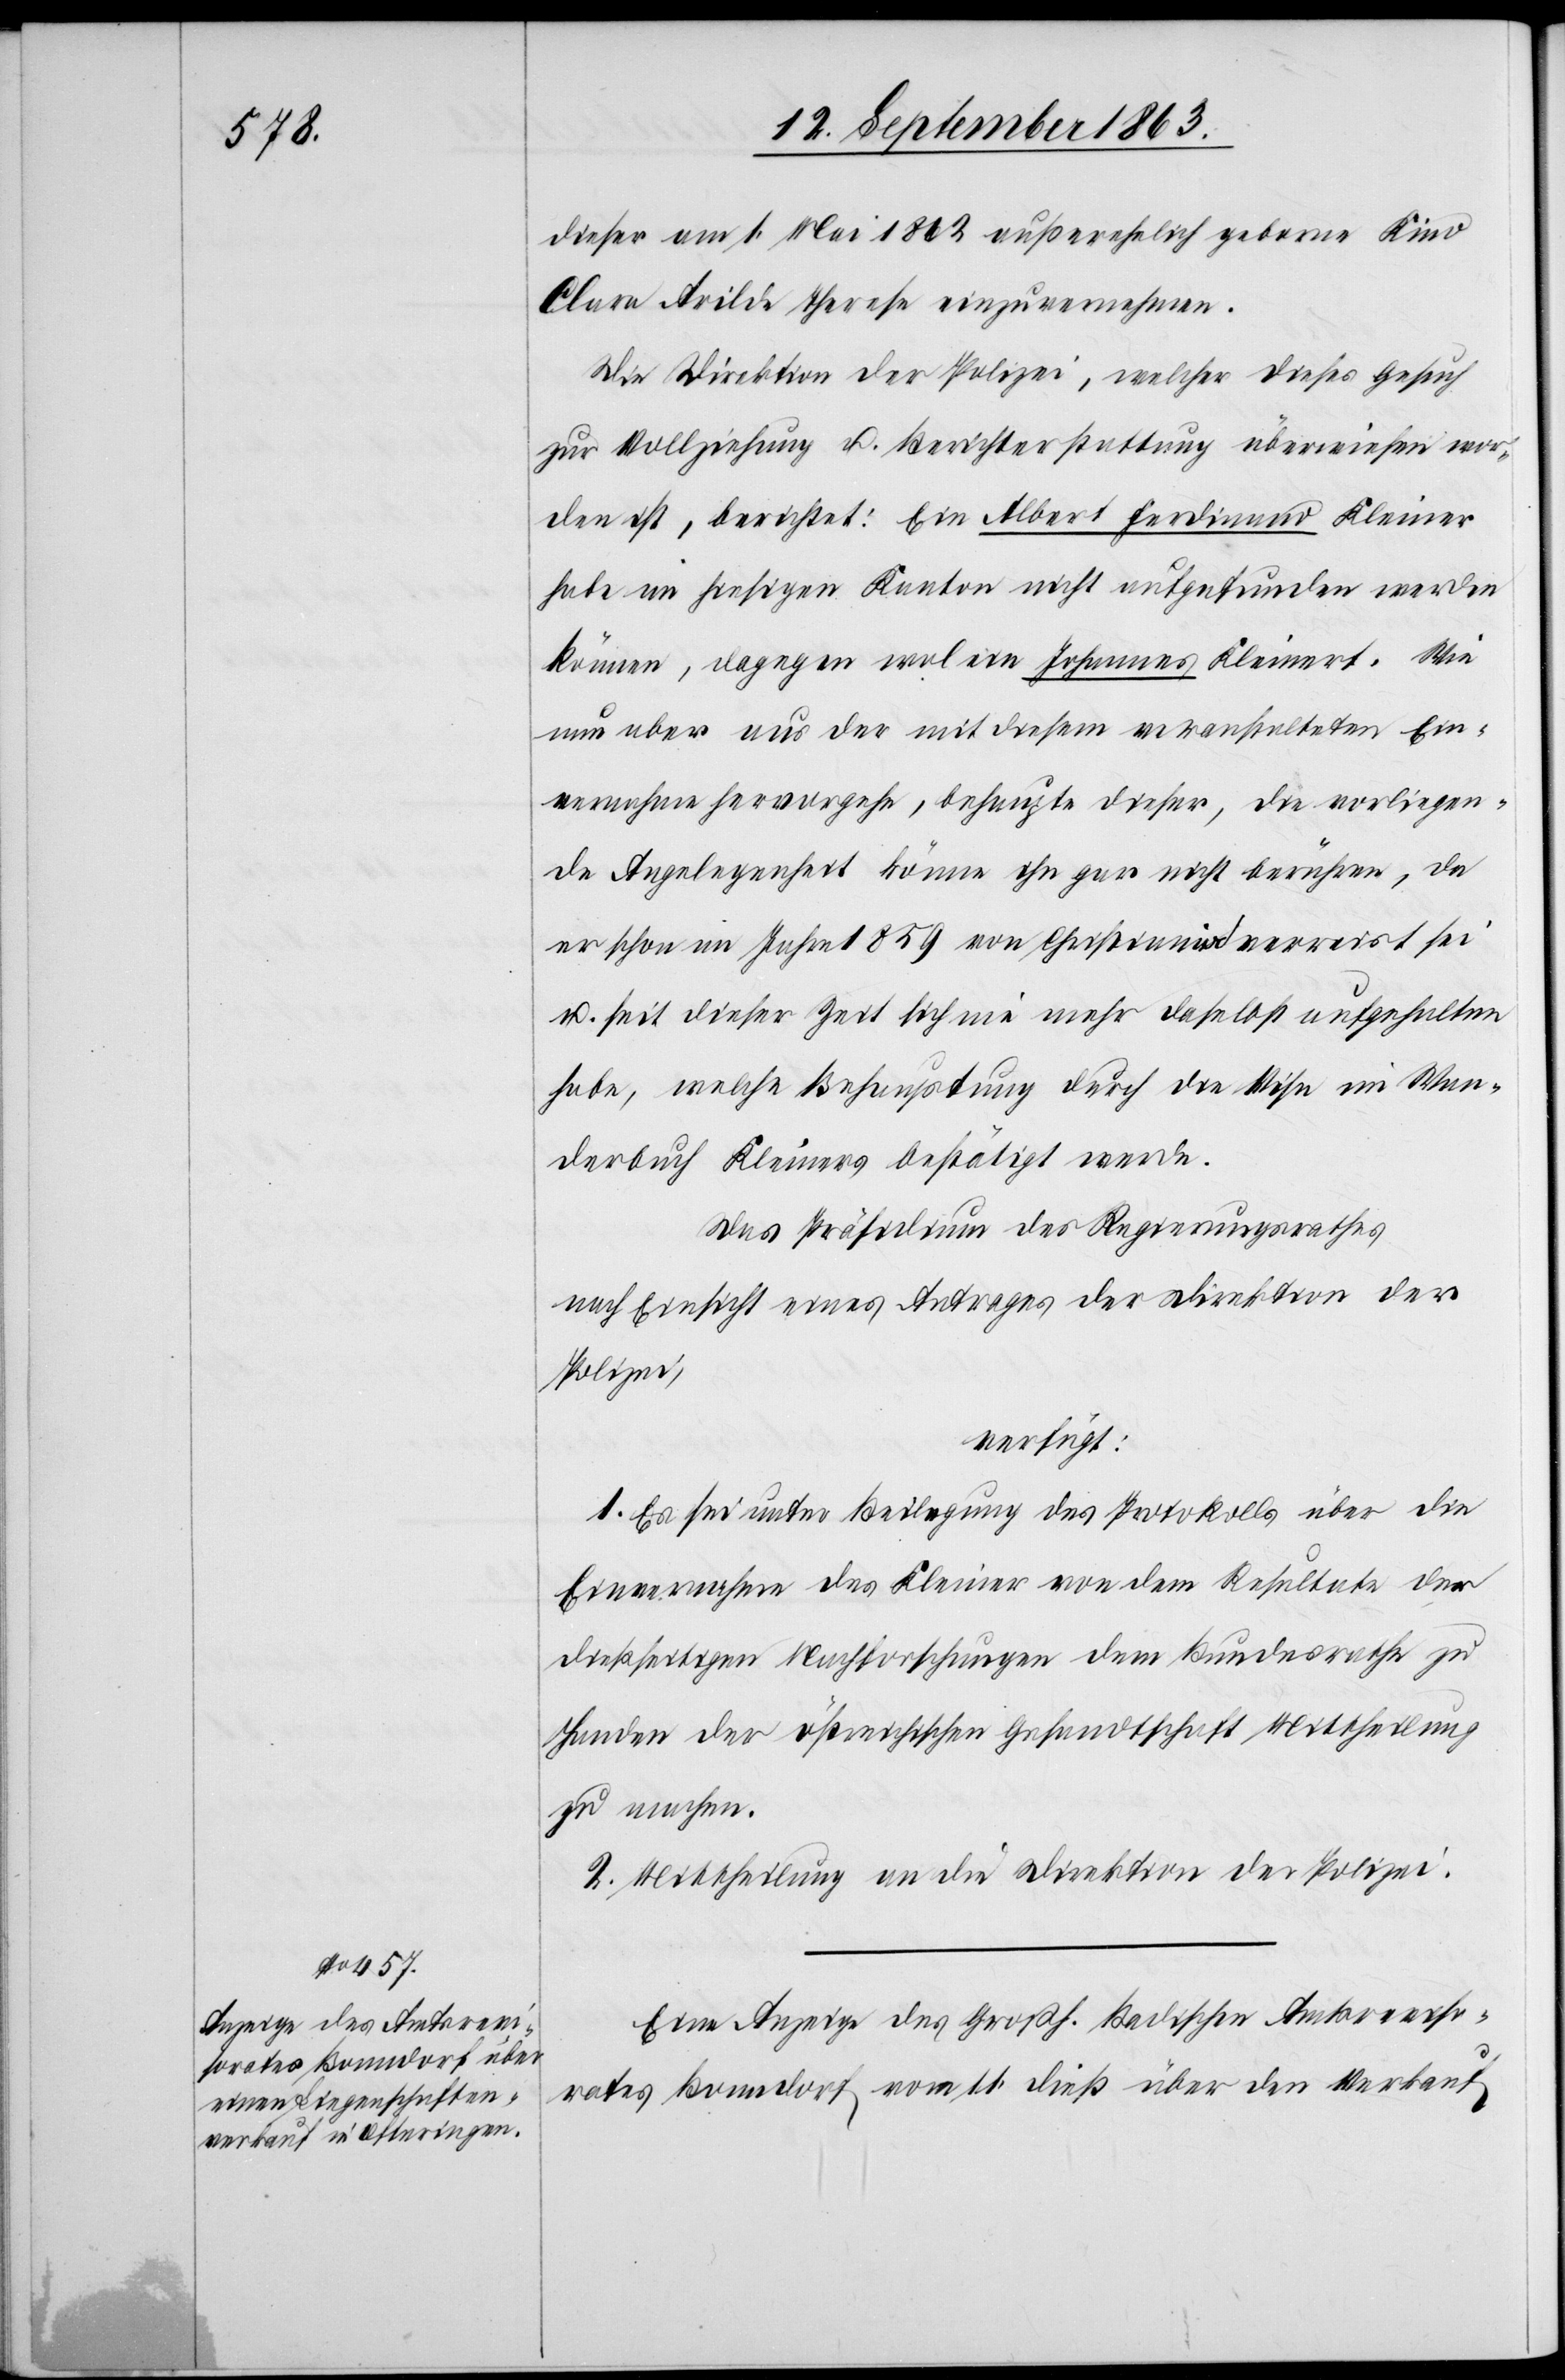
17. September 1863.]
dieser am 1. Mai 1862 außerehelich geborne Kind
Clara Arilde Theresa einzuvernehmen.
Die Direktion der Polizei, welcher dieses Gesuch
zur Vollziehung u. Berichterstattung überwiesen wor¬
den ist, berichtet: Ein Albert Ferdinand Kleiner
habe im hiesigen Kanton nicht aufgefunden werden
können, dagegen wol ein Johannes Kleinert. Wie
nun aber aus der mit diesem veranstalteten Ein¬
vernahme hervorgehe, behaupte dieser, die vorliegen¬
de Angelegenheit könne ihn gar nicht berühren, da
er schon im Jahre 1859 von Christiania verreist sei
u. seit dieser Zeit sich nie mehr daselbst aufgehalten
habe, welche Behauptung durch die Visa im Wan¬
derbuch Kleiners bestätigt werde.
Das Präsidium des Regierungsrath
nach Einsicht eines Antrages der Direktion der
Polizei,
verfügt:
1. Es sei unter Beilegung des Protokolls über die
Einvernahme des Kleiner von dem Resultate der
dießseitigen Nachforschungen dem Bundesrathe zu
Handen der östreichischen Gesandtschaft Mittheilung
zu machen.
2. Mittheilung an die Direktion der Polizei.
Eine Anzeige des Großh. Badischen Amtsreviso¬
rates Bonndorf vom 11. dieß über den Verkauf